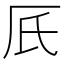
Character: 𠨿